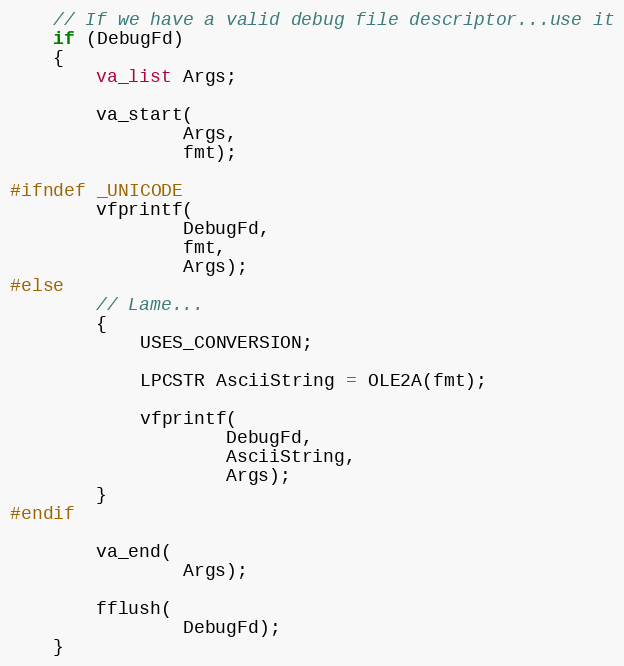
Language: C++
	// If we have a valid debug file descriptor...use it
	if (DebugFd)
	{
		va_list Args;

		va_start(
				Args,
				fmt);

#ifndef _UNICODE
		vfprintf(
				DebugFd,
				fmt,
				Args);
#else
		// Lame...
		{
			USES_CONVERSION;

			LPCSTR AsciiString = OLE2A(fmt);

			vfprintf(
					DebugFd,
					AsciiString,
					Args);
		}
#endif

		va_end(
				Args);

		fflush(
				DebugFd);
	}